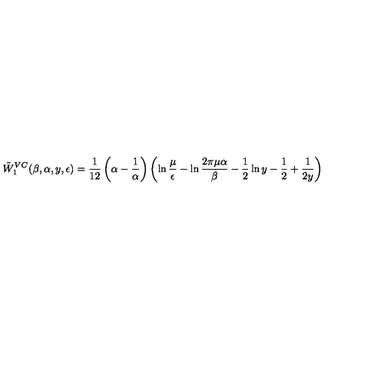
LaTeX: \tilde { W } _ { 1 } ^ { V C } ( \beta , \alpha , y , \epsilon ) = { \frac { 1 } { 1 2 } } \left( \alpha - { \frac { 1 } { \alpha } } \right) \left( \ln { \frac { \mu } { \epsilon } } - \ln { \frac { 2 \pi \mu \alpha } { \beta } } - \frac 1 2 \ln y - \frac 1 2 + { \frac { 1 } { 2 y } } \right)